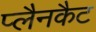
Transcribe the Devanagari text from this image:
प्लैनकैट